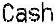
CASH